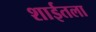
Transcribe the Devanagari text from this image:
शाईतला